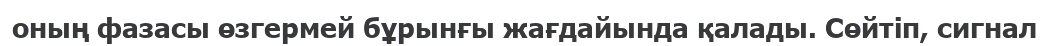
оның фазасы өзгермей бұрынғы жағдайында қалады. Сөйтіп, сигнал